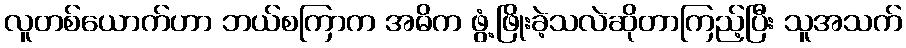
လူတစ်ယောက်ဟာ ဘယ်စကြာက အဓိက ဖွံ့ဖြိုးခဲ့သလဲဆိုတာကြည့်ပြီး သူအသက်